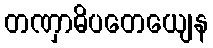
တဏှာဓိပတေယျေန